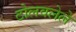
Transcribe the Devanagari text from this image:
टोलवलेले